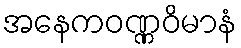
အနေကဝဏ္ဏဝိမာနံ